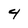
Character: 4